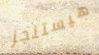
هيستنجز